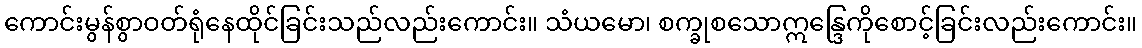
ကောင်းမွန်စွာဝတ်ရုံနေထိုင်ခြင်းသည်လည်းကောင်း။ သံယမော၊ စက္ခုစသောဣန္ဒြေကိုစောင့်ခြင်းလည်းကောင်း။